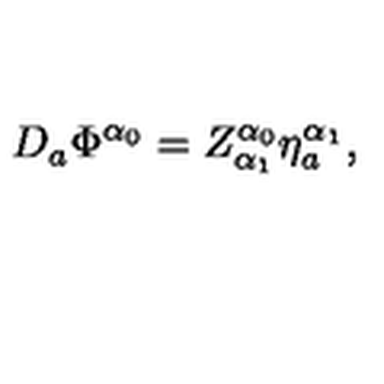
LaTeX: D _ { a } \Phi ^ { \alpha _ { 0 } } = Z _ { \alpha _ { 1 } } ^ { \alpha _ { 0 } } \eta _ { a } ^ { \alpha _ { 1 } } ,